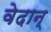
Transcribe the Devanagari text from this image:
वेदान्